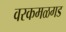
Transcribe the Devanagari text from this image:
वरकमळगड